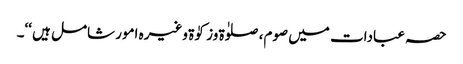
حصہ عبادات میں صوم، صلوٰۃ وزکوٰۃ وغیرہ امور شامل ہیں ‘‘۔